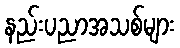
နည်းပညာအသစ်များ